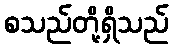
စသည်တို့ရှိသည်